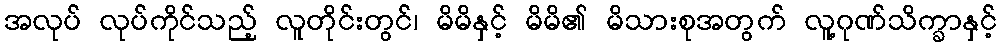
အလုပ် လုပ်ကိုင်သည့် လူတိုင်းတွင်၊ မိမိနှင့် မိမိ၏ မိသားစုအတွက် လူ့ဂုဏ်သိက္ခာနှင့်